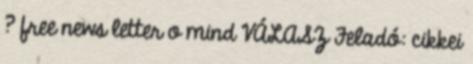
? free news letter o mind VÁLASZ Feladó: cikkei